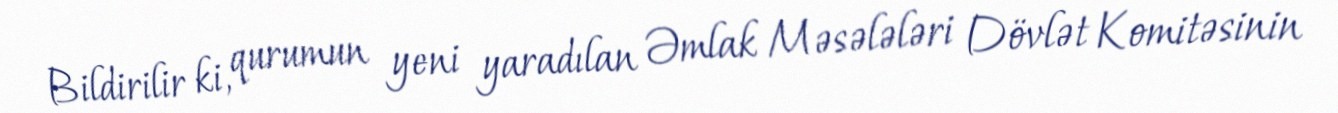
Bildirilir ki, qurumun yeni yaradılan Əmlak Məsələləri Dövlət Komitəsinin